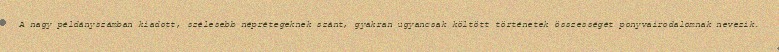
A nagy példányszámban kiadott, szélesebb néprétegeknek szánt, gyakran ugyancsak költött történetek összességét ponyvairodalomnak nevezik.